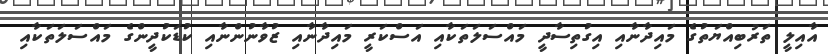
އާއިލީ ތަރުބިއްޔަތުގެ މައިދާނާއި އިގުތިސާދީ މައްސަލަތަކާއި އަސްކަރީ މައިދާނާއި ޒުވާނުންނާއި ކުޑަކުދީންގެ މައްސަލަތަކާއި